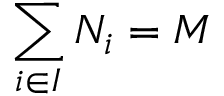
\sum _ { i \in I } N _ { i } = M